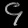
Digit: ၄